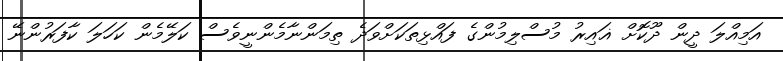
އަމިއްލަ ދީން ދޫކޮށް ޣައިރު މުސްލިމުންގެ ފައްޅިތަކަށްވަދެ ތިމަންނާމެންނީވެސް ކަލޭމެން ކަހަލަ ކާފަރުންނޭ